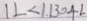
1 L < 1 . 1 3 0 4 L